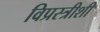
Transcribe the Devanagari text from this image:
विप्रस्त्रीशी